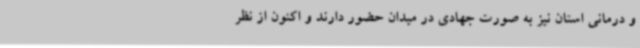
و درمانی استان نیز به صورت جهادی در میدان حضور دارند و اکنون از نظر